Vaccination report Assam 1874-1896 - 1874-1896
Year: 1874
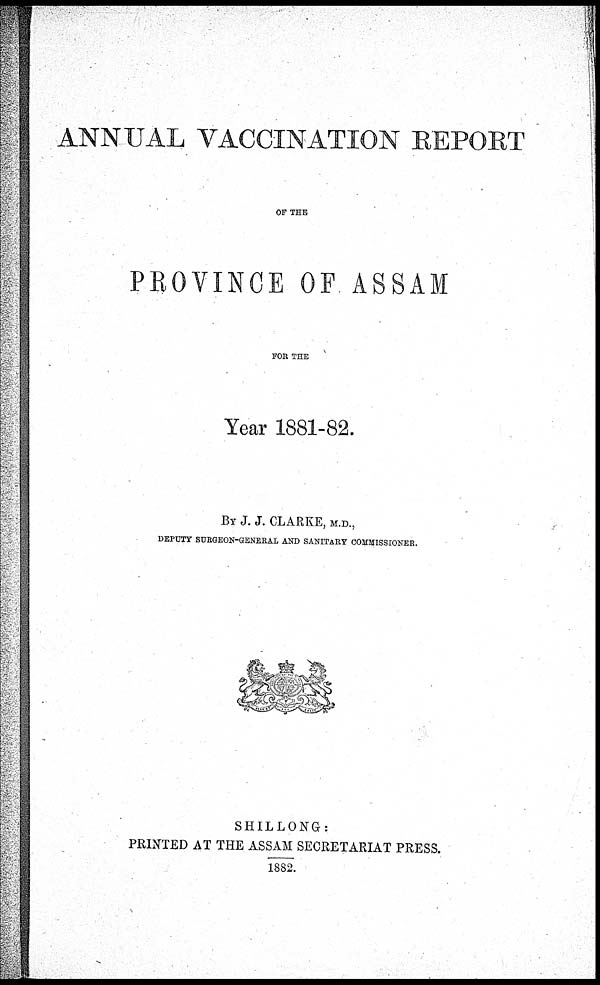
ANNUAL VACCINATION REPORT
OF THE
PROVINCE OF ASSAM
FOR THE
Year 1881-82.
BY J. J. CLARKE, M.D.,
DEPUTY SURGEON-GENERAL AND SANITARY COMMISSIONER.
SHILLONG:
PRINTED AT THE ASSAM SECRETARIAT PRESS.
1882.